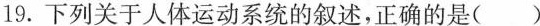
19. 下列关于人体运动系统的叙述，正确的是( )